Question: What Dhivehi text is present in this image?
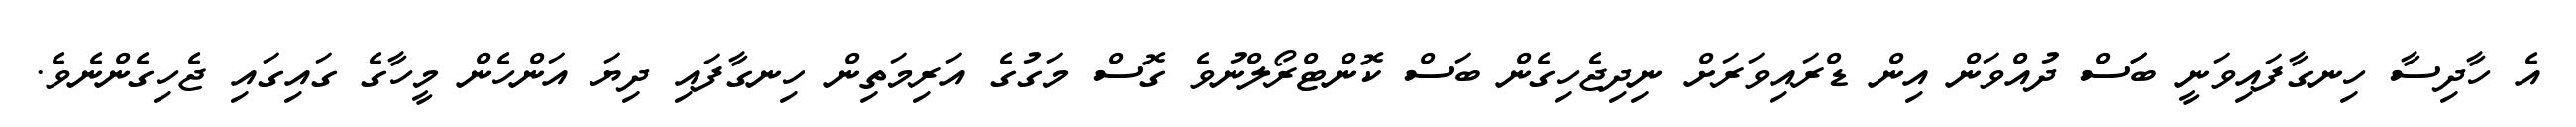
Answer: އެ ހާދިސާ ހިނގާފައިވަނީ ބަަސް ދުއްވަން އިން ޑްރައިވަރަށް ނިދިޖެހިގެން ބަސް ކޮންޓްރޯލްނުވެ ގޮސް މަގުގެ އަރިމަތިން ހިނގާފައި ދިޔަ އަންހެން މީހާގެ ގައިގައި ޖެހިގެންނެވެ.